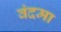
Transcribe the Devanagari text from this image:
वंदमा